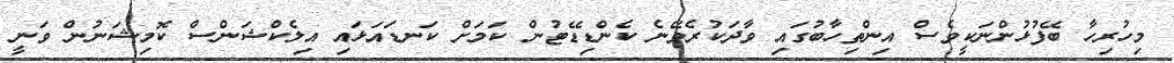
މިހުރިހާ ބޭފުޅުންނަކީވެސް އިންތިހާބުގައި ވާދަކުރެވޭނެ ކެންޑިޑޭޓުން ކަމަށް ކަނޑައަޅައި އިލެކްޝަންސް ކޮމިޝަނުން ވަނީ